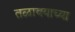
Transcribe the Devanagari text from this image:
तळावयाच्या